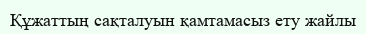
Құжаттың сақталуын қамтамасыз ету жайлы